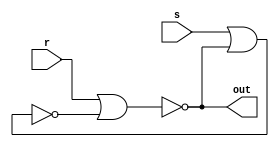
module ctrl_latch(s, r, out);
    input s, r;
    output out;

    wire q_a, q_b;

    nor nor1(q_a, r, q_b);
    nor nor2(q_b, s, q_a);

    assign out = q_a;

endmodule